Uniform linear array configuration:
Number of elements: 16
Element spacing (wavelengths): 1
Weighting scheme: hann
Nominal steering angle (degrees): -45
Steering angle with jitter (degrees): -45.784
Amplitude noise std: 0.05
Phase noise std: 0.05

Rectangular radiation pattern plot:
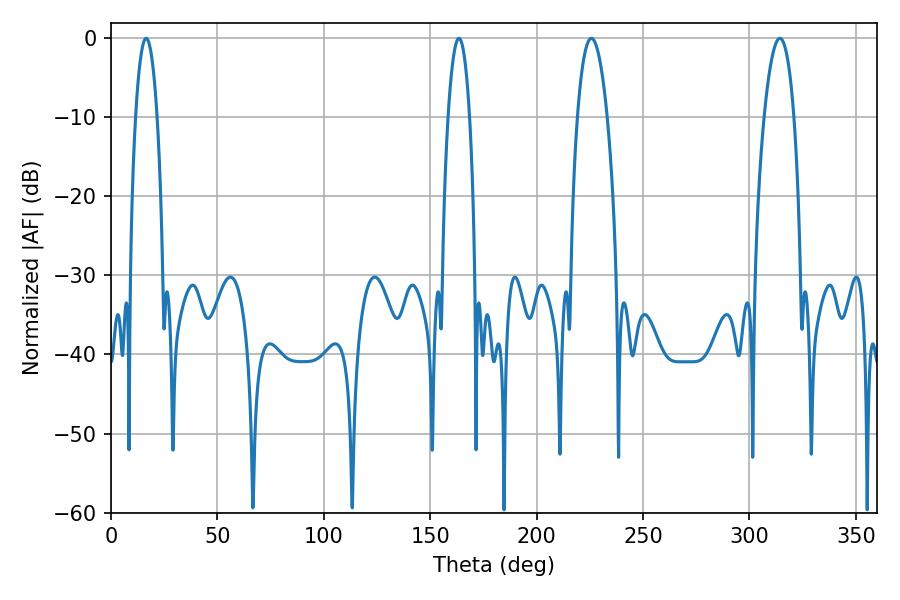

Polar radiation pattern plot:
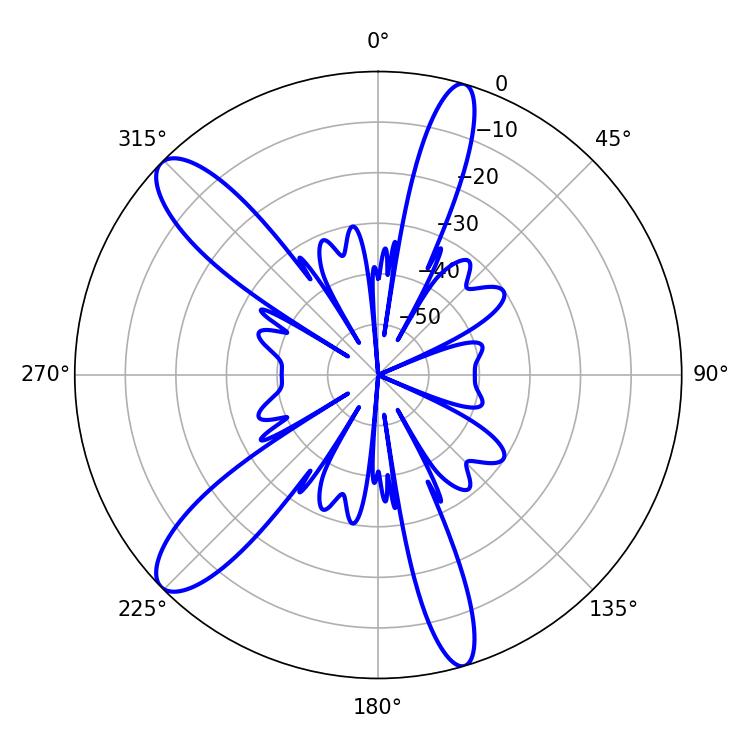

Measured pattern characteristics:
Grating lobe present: TRUE
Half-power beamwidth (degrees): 7.74
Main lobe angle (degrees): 225.72